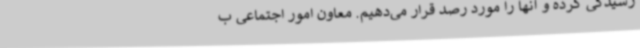
رسیدگی کرده و آنها را مورد رصد قرار می‌دهیم. معاون امور اجتماعی ب